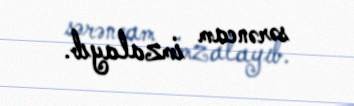
sərəncam imzalayıb.